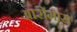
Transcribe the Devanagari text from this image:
आरोमास